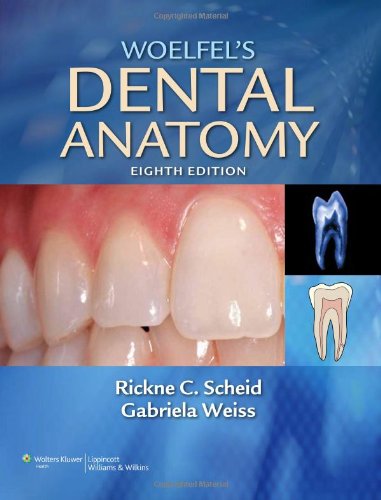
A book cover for Woelfel's Dental Anatomy: Its Relevance to Dentistry; Rickne C. Scheid DDS  MEd; Medical Books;